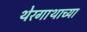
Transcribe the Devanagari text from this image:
थेरगाथाच्या